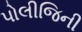
પોલીજિની